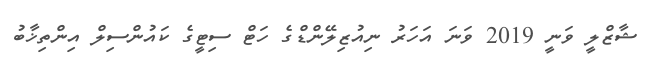
ޝާޒްލީ ވަނީ 2019 ވަނަ އަހަރު ނިއުޒިލޭންޑްގެ ހަޓް ސިޓީގެ ކައުންސިލް އިންތިޚާބު